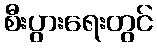
စီးပွားရေးတွင်